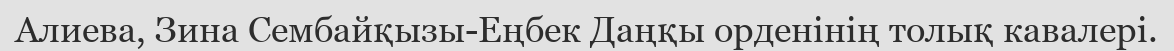
Алиева, Зина Сембайқызы-Еңбек Даңқы орденінің толық кавалері.